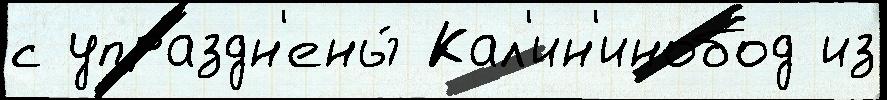
с упраздн'ены́ Кал'ин'инобод из